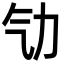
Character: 㔕